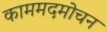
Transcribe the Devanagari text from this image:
काममदमोचन